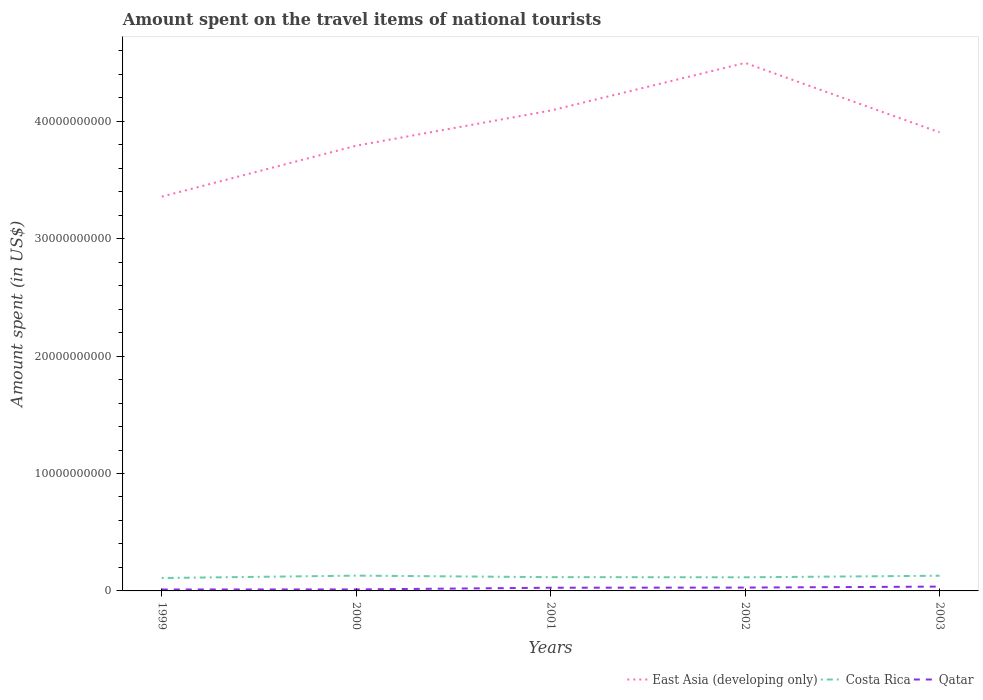
| Years | East Asia (developing only) | Costa Rica | Qatar |
 | --- | --- | --- | --- |
 | 1999 | 3.36e+10 | 1.1e+09 | 1.22e+08 |
 | 2000 | 3.79e+10 | 1.3e+09 | 1.28e+08 |
 | 2001 | 4.09e+10 | 1.17e+09 | 2.72e+08 |
 | 2002 | 4.5e+10 | 1.16e+09 | 2.85e+08 |
 | 2003 | 3.91e+10 | 1.29e+09 | 3.69e+08 |